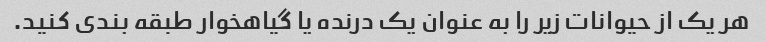
هر یک از حیوانات زیر را به عنوان یک درنده یا گیاهخوار طبقه بندی کنید.